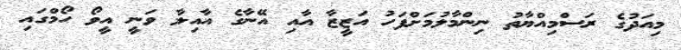
މިއަދުގެ ރަސްމިއްޔާތު ނިންމާލުމަށްފަހު އަޒީޒާ އާއި އޭނާގެ އާއިލާ ވަނީ އީވޯ ހޯމްގައި